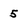
Character: 5